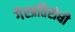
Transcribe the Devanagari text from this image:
गैरप्रतिरोधी